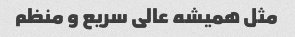
مثل همیشه عالی سریع و منظم